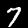
Digit: 7